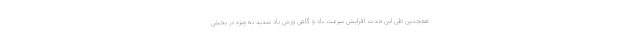
همچنین طی این مدت افزایش سرعت باد و گاهی وزش باد شدید به ویژه در بخش